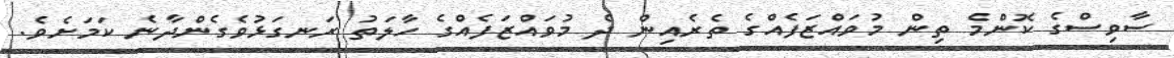
ސާވިސްގެ ކޮންމެ ތިން މުވައްޒަފެއްގެ ތެރެއިން ދެ މުވައްޒަފެއްގެ ހާލަތު ރަނގަޅުވެގެންދާނެ ކަމަށެވެ.